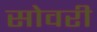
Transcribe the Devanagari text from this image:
सोवरी